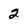
Character: 2